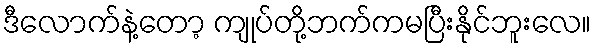
ဒီလောက်နဲ့တော့ ကျုပ်တို့ဘက်ကမပြီးနိုင်ဘူးလေ။